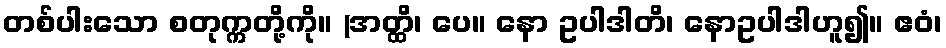
တစ်ပါးသော စတုက္ကတို့ကို။ (အတ္ထိ၊ ပေ။ နော ဥပါဒါတိ၊ နောဥပါဒါဟူ၍။ ဧဝံ၊